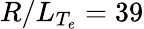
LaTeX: R/L_{T_{e}}=39